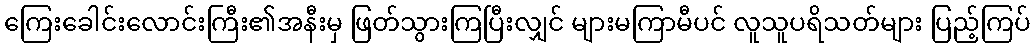
ကြေးခေါင်းလောင်းကြီး၏အနီးမှ ဖြတ်သွားကြပြီးလျှင် များမကြာမီပင် လူသူပရိသတ်များ ပြည့်ကြပ်